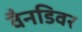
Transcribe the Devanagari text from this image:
वैनडिवर